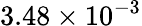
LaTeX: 3.48\times 10^{-3}